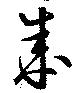
成